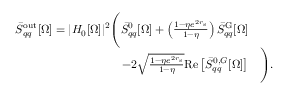
\begin{array} { r l } { \bar { S } _ { q q } ^ { \mathrm { o u t } } [ \Omega ] = | H _ { 0 } [ \Omega ] | ^ { 2 } \Bigg ( \bar { S } _ { q q } ^ { 0 } [ \Omega ] + \left( \frac { 1 - \eta e ^ { 2 r _ { \mathrm { s } } } } { 1 - \eta } \right) \bar { S } _ { q q } ^ { \mathrm { G } } [ \Omega ] } & { } \\ { - 2 \sqrt { \frac { 1 - \eta e ^ { 2 r _ { \mathrm { s } } } } { 1 - \eta } } \mathrm { R e } \left[ \bar { S } _ { q q } ^ { 0 , G } [ \Omega ] \right] } & { \Bigg ) . } \end{array}